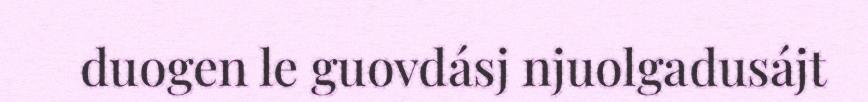
duogen le guovdásj njuolgadusájt